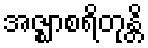
အဇ္ဈာစရိတုန္တိ